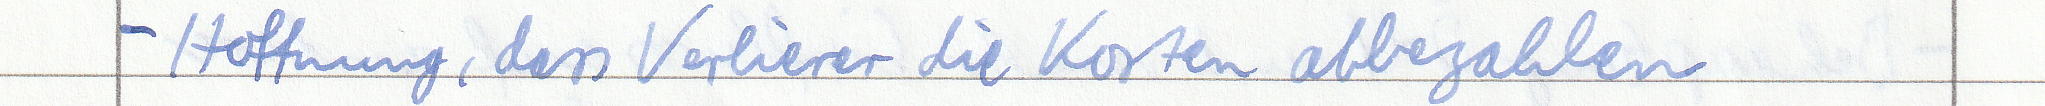
- Hoffnung, dass Verlierer die Kosten abbezahlen